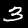
Label: 3